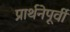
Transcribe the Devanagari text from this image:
प्रार्थनेपूर्वी